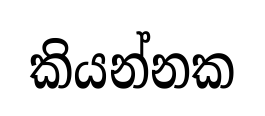
කියන්නක